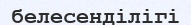
белесенділігі